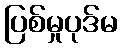
ပြစ်မှုပုဒ်မ